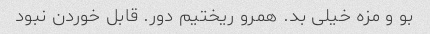
بو و مزه خیلی بد. همرو ریختیم دور. قابل خوردن نبود